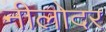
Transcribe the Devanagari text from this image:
नीलोदर